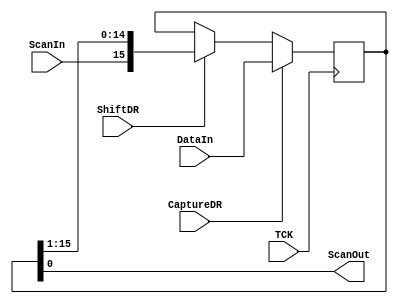
module WatchChain
#(  parameter DATAWIDTH=16)
(
    input wire [DATAWIDTH-1:0] DataIn,
    input wire ScanIn, ShiftDR, CaptureDR, TCK,
    output wire ScanOut
);
	reg	[DATAWIDTH-1:0]	Capture_Register;

	always @ (posedge TCK) 
	begin
		if(CaptureDR)
			Capture_Register <= DataIn;
		else if (ShiftDR)
			Capture_Register <= {ScanIn, Capture_Register[DATAWIDTH-1:1]};
    end

	assign ScanOut = Capture_Register[0];

endmodule